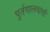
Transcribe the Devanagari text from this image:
पुर्तगालवासी